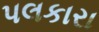
પલકારા